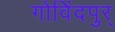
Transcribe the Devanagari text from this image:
गोविंदपुर्